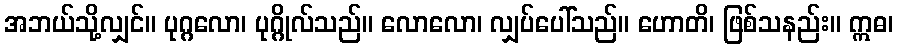
အဘယ်သို့လျှင်။ ပုဂ္ဂလော၊ ပုဂ္ဂိုလ်သည်။ လောလော၊ လျှပ်ပေါ်သည်။ ဟောတိ၊ ဖြစ်သနည်း။ ဣဓ၊